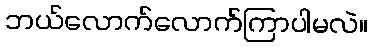
ဘယ်လောက်လောက်ကြာပါမလဲ။